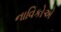
નાવિકોએ